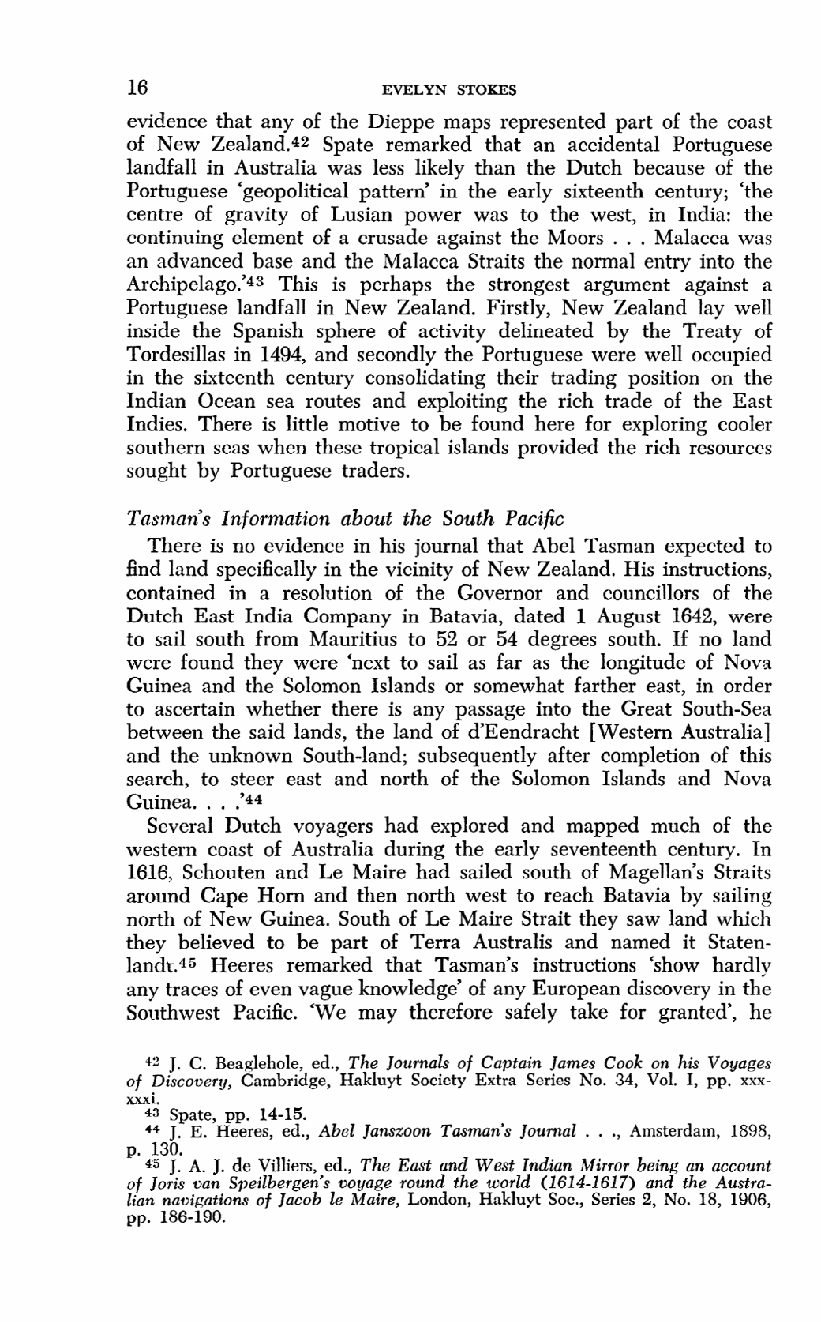
16               EVELYN STOKES
 evidence that any of the Dieppe maps represented part of the coast
 of New Zealand.42 Spate remarked that an accidental Portuguese
 landfall in Australia was less likely than the Dutch because of the
 Portuguese 'geopolitical pattern' in the early sixteenth century; 'the
 centre of gravity of Lusian power was to the west, in India: the
 continuing element of a crusade against the Moors . . . Malacca was
 an advanced base and the Malacca Straits the normal entry into the
 Archipelago.'43 This is perhaps the strongest argument against a
 Portuguese landfall in New Zealand. Firstly, New Zealand lay well
 inside the Spanish sphere of activity delineated by the Treaty of
 Tordesillas in 1494, and secondly the Portuguese were well occupied
 in the sixteenth century consolidating their trading position on the
 Indian Ocean sea routes and exploiting the rich trade of the East
 Indies. There is little motive to be found here for exploring cooler
 southern seas when these tropical islands provided the rich resources
 sought by Portuguese traders.
 Tasman's Information about the South Pacific
 There is no evidence in his journal that Abel Tasman expected to
 find land specifically in the vicinity of New Zealand. His instructions,
 contained in a resolution of the Governor and councillors of the
 Dutch East India Company in Batavia, dated 1 August 1642, were
 to sail south from Mauritius to 52 or 54 degrees south. If no land
 were found they were 'next to sail as far as the longitude of Nova
 Guinea and the Solomon Islands or somewhat farther east, in order
 to ascertain whether there is any passage into the Great South-Sea
 between the said lands, the land of d'Eendracht [Western Australia]
 and the unknown South-land; subsequently after completion of this
 search, to steer east and north of the Solomon Islands and Nova
 Guinea. . . ,'44
 Several Dutch voyagers had explored and mapped much of the
 western coast of Australia during the early seventeenth century. In
 1616, Schouten and Le Maire had sailed south of Magellan's Straits
 around Cape Horn and then north west to reach Batavia by sailing
 north of New Guinea. South of Le Maire Strait they saw land which
 they believed to be part of Terra Australis and named it Staten-
 landt.45 Heeres remarked that Tasman's instructions 'show hardly
 any traces of even vague knowledge' of any European discovery in the
 Southwest Pacific. 'We may therefore safely take for granted', he
 42 J. C. Beaglehole, ed., The Journals of Captain James Cook on his Voyages
 of Discovery, Cambridge, Hakluyt Society Extra Series No. 34, Vol. I, pp. xxx-
 Spate, pp. 14-15.
 44 J. E. Heeres, ed., Abel Janszoon Tasman's Journal . . ., Amsterdam, 1898,
 p. 130.
 45 J. A. J. de Villiers, ed., The East and West Indian Mirror being an account
 of Joris van Speilbergen's voyage round the world (1614-1617) and the Austra-
 lian navigations of Jacob le Maire, London, Hakluyt Soc., Series 2, No. 18, 1906,
 pp. 186-190.